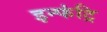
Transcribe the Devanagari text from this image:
इन्फंट्रि